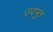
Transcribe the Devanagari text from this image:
उदभुत